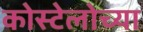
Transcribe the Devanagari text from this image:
कोस्टेलोच्या